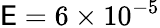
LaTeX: \mathsf{E}=6\times10^{-5}